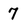
Character: 7